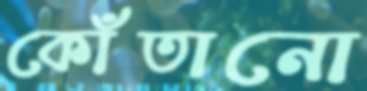
কোঁতানো